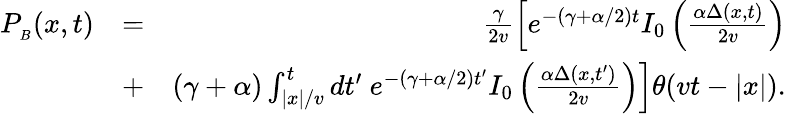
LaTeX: \begin{array}{rlr}{P_{_B}(x,t)}&{=}&{\frac{\gamma}{2v}\left[e^{-(\gamma+\alpha/2)t}I_{0}\left(\frac{\alpha\Delta(x,t)}{2v}\right)\right.}\\ &{+}&{\left.(\gamma+\alpha)\int_{|x|/v}^{t}dt^{\prime}\ e^{-(\gamma+\alpha/2)t^{\prime}}I_{0}\left(\frac{\alpha\Delta(x,t^{\prime})}{2v}\right)\right]\theta(vt-|x|).}\end{array}